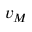
v _ { M }